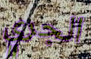
الجري